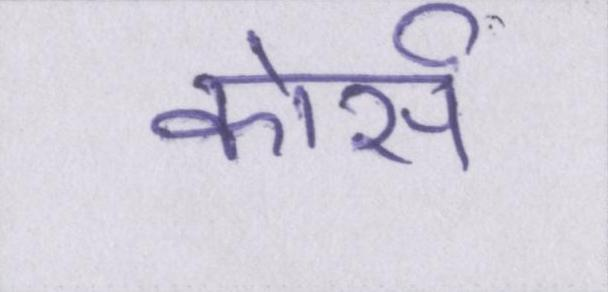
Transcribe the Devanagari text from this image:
कोर्स